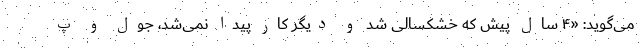
می‌گوید: «۴ سال پیش که خشکسالی شد و دیگر کار پیدا نمی‌شد، جول و پ